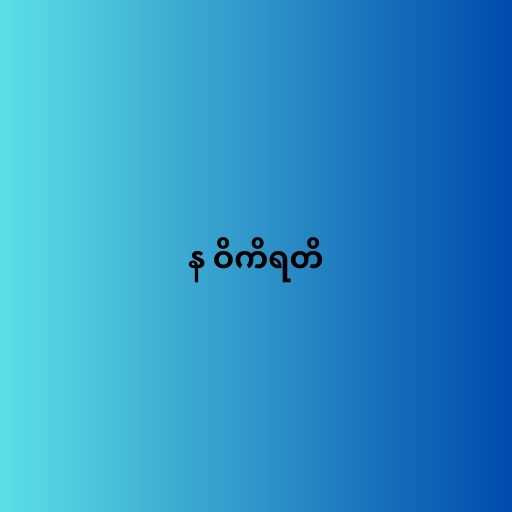
န ဝိကိရတိ